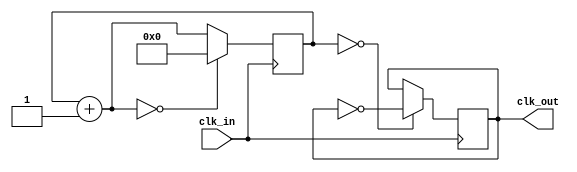
module clock_manager
#
(
  parameter SYSCLK = 100000000, // 100 MHz for atlys board
  parameter CLK_OUT = 100000000, // desizred clock output
  parameter DIV=1,
  parameter MUL=1
)
(
  input clk_in,
  output clk_out   
);

reg[31:0] counter = 0;
reg clk_buffer = 0;

always @(posedge clk_in)
begin
  if(counter == 32'd0)
    clk_buffer = ~clk_buffer;
    
  counter = counter + 1;
  
  if (counter == (SYSCLK/CLK_OUT)/2)
    counter = 31'd0; 
end

assign clk_out = clk_buffer;

endmodule